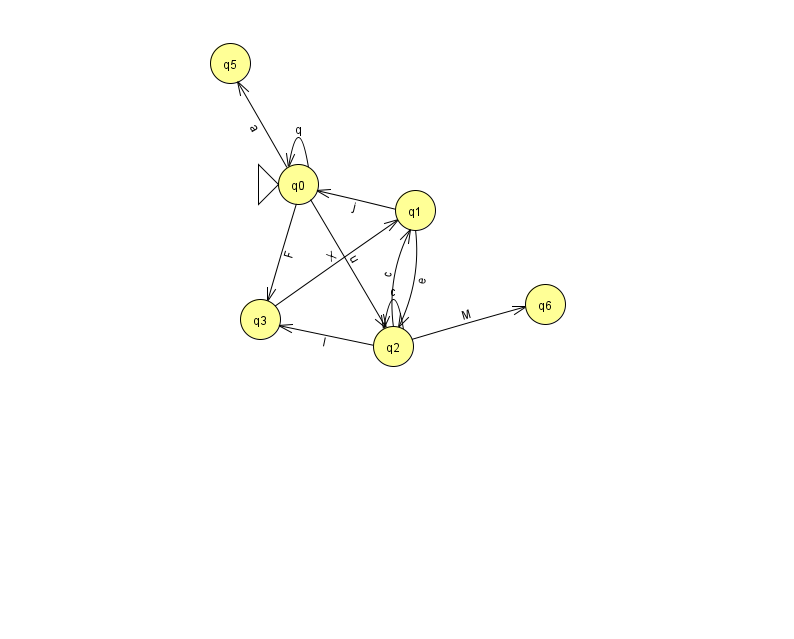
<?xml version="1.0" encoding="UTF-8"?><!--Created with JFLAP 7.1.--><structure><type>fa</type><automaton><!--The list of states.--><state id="0" name="q0"><x>298.0</x><y>171.0</y><initial/></state><state id="1" name="q1"><x>415.0</x><y>197.0</y></state><state id="2" name="q2"><x>393.0</x><y>333.0</y></state><state id="3" name="q3"><x>260.0</x><y>306.0</y></state><state id="5" name="q5"><x>230.0</x><y>50.0</y></state><state id="6" name="q6"><x>545.0</x><y>291.0</y></state><!--The list of transitions.--><transition><from>0</from><to>0</to><read>q</read></transition><transition><from>0</from><to>5</to><read>a</read></transition><transition><from>3</from><to>1</to><read>X</read></transition><transition><from>0</from><to>3</to><read>F</read></transition><transition><from>1</from><to>2</to><read>e</read></transition><transition><from>2</from><to>2</to><read>c</read></transition><transition><from>2</from><to>3</to><read>l</read></transition><transition><from>2</from><to>6</to><read>M</read></transition><transition><from>2</from><to>1</to><read>c</read></transition><transition><from>1</from><to>0</to><read>j</read></transition><transition><from>0</from><to>2</to><read>u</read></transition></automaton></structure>